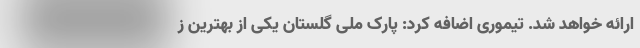
ارائه خواهد شد. تیموری اضافه کرد: پارک ملی گلستان یکی از بهترین ز